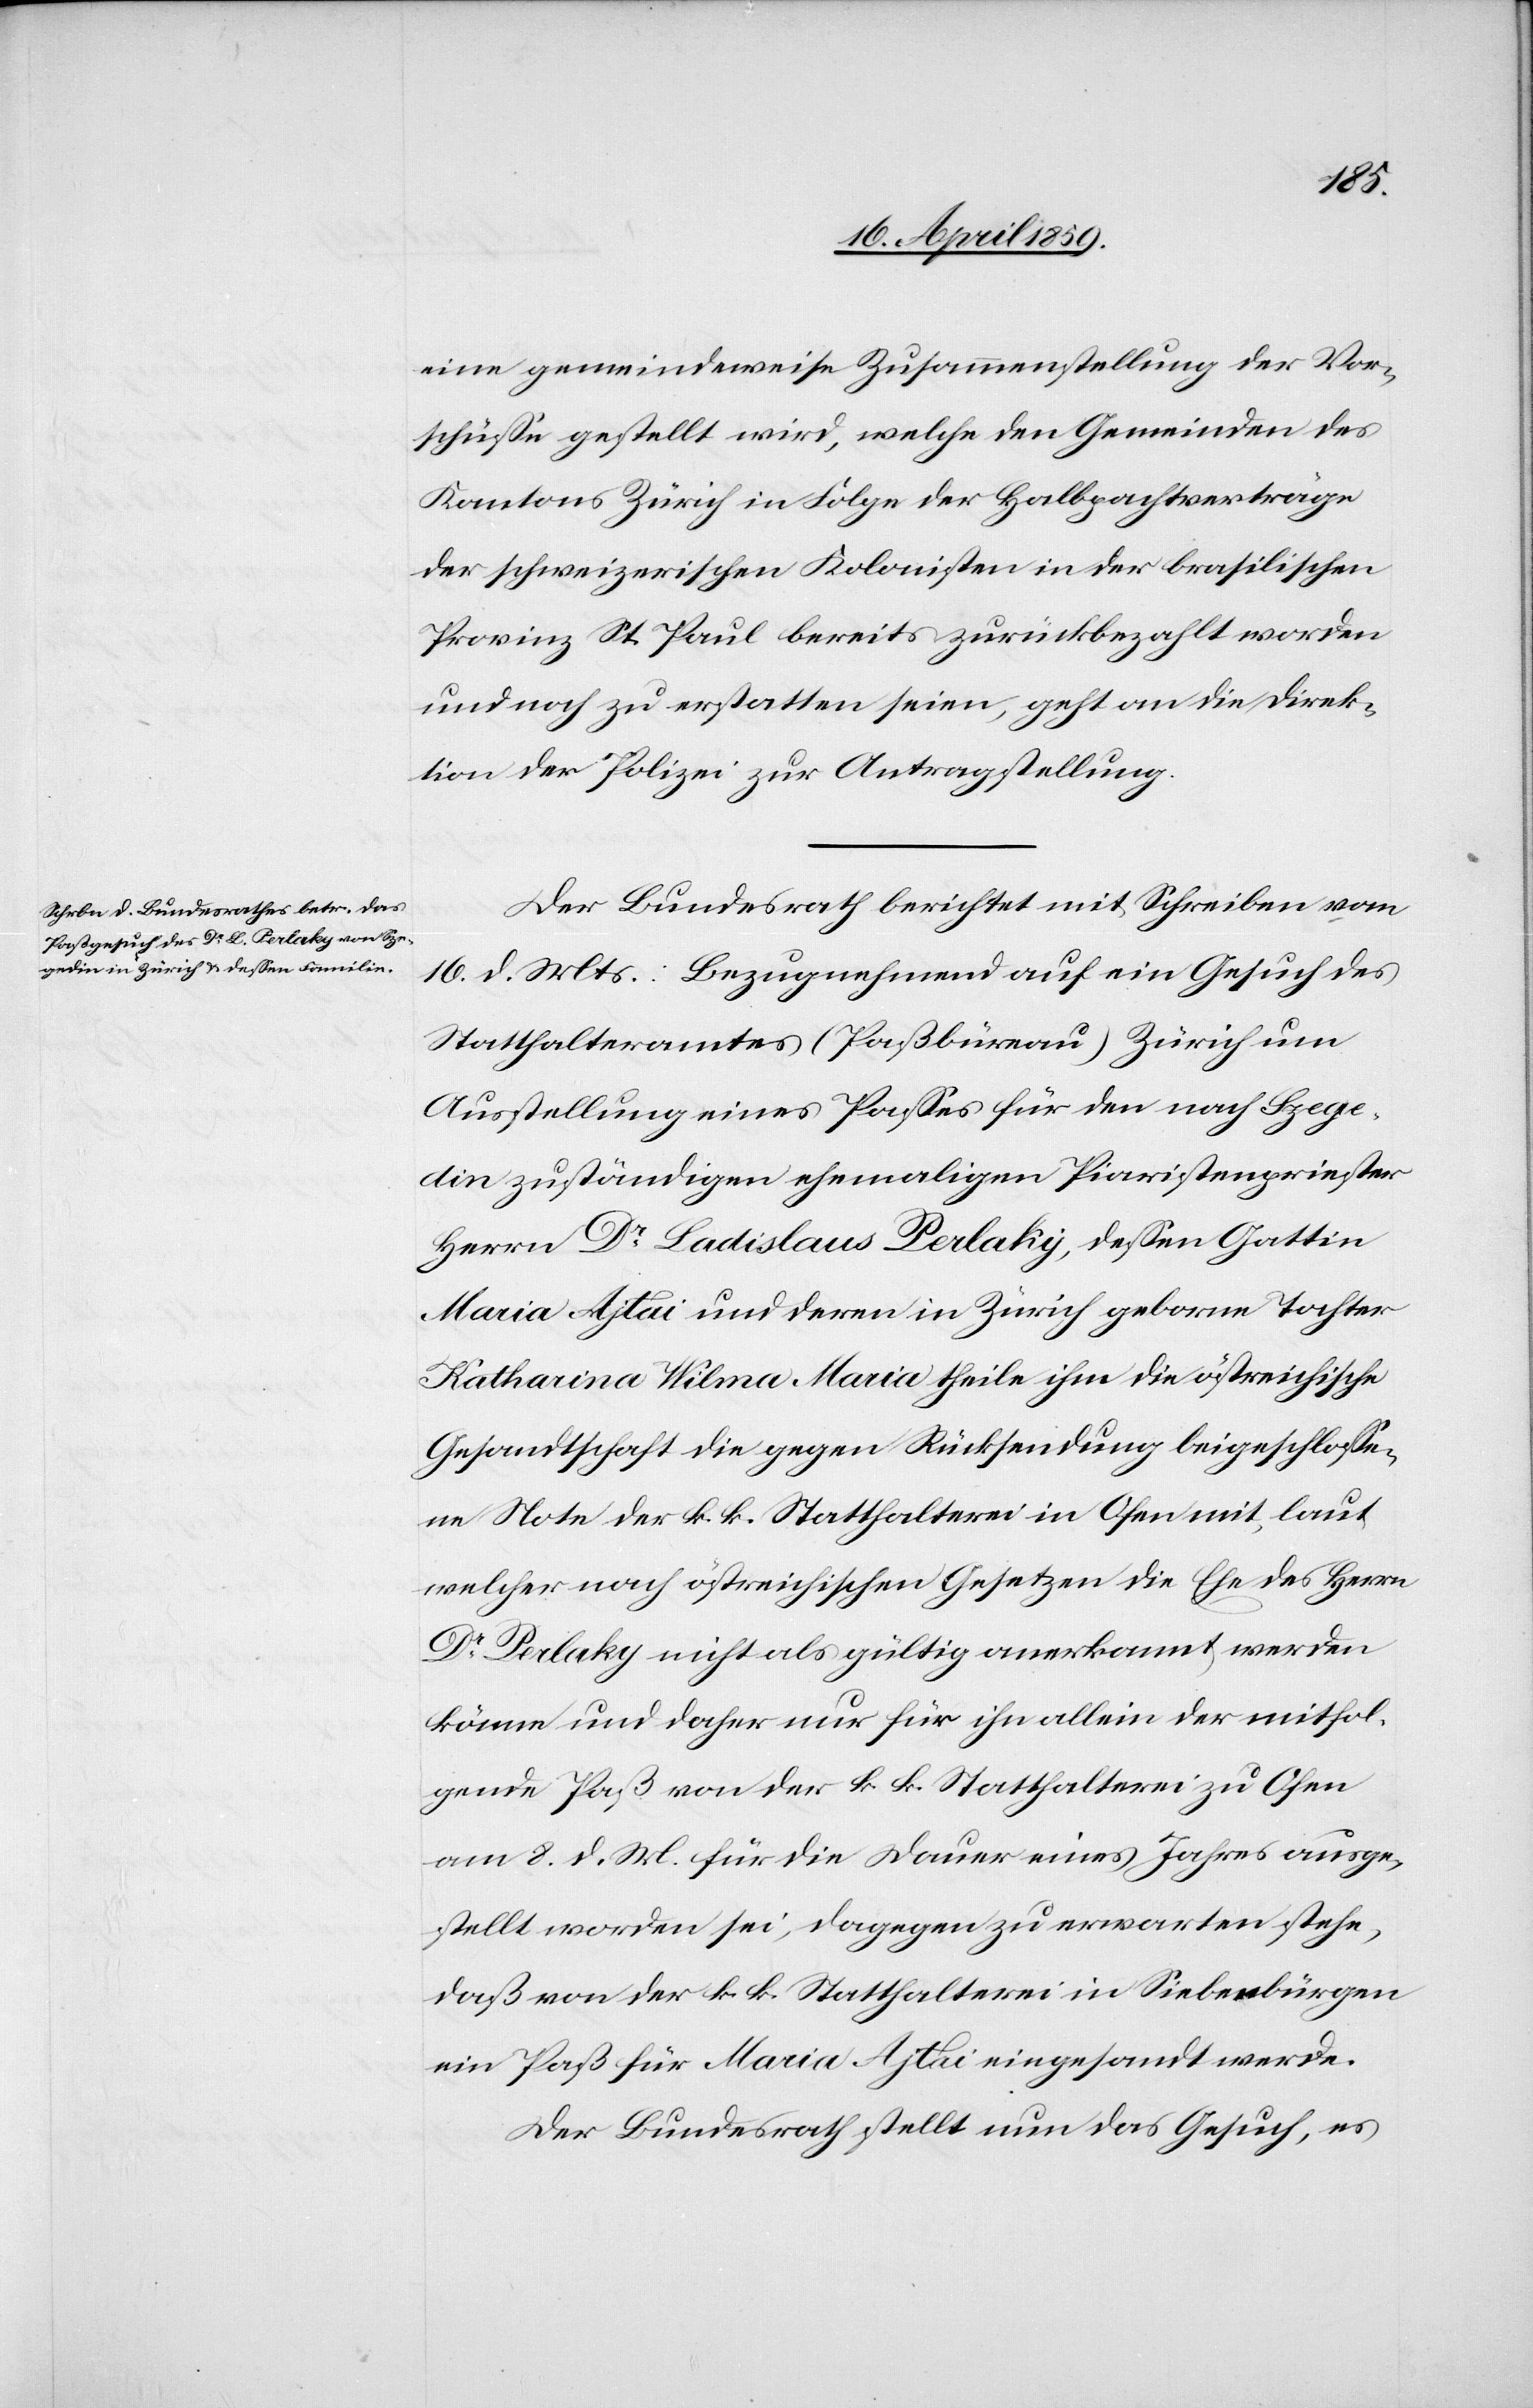
1859.]
19. April
eine gemeindeweise Zusammenstellung der Vor¬
schüße gestellt wird, welche den Gemeinden des
Kantons Zürich in Folge der Halbpachtverträge
der schweizerischen Kolonisten in der brasilischen
Provinz St. Paul bereits zurückbezahlt worden
und noch zu erstatten seien, geht an die Direk¬
tion der Polizei zur Antragstellung.
Der Bundesrath berichtet mit Schreiben vom
16. d. Mts.: Bezugnehmend auf ein Gesuch des
Statthalteramtes (Paßbüreau) Zürich um
Ausstellung eines Paßes für den nach Szege¬
din zuständigen ehemaligen Piaristenpriester
Herrn Dr. Ladislaus Perlaky, deßen Gattin
Maria Ajtai und deren in Zürich geborne Tochter
Katharina Wilma Maria theile ihm die östreichische
Gesandtschaft die gegen Rücksendung beigeschloße¬
ne Note der k. k. Statthalterei in Ofen mit, laut
welcher nach östreichischen Gesetzen die Ehe des Herrn
Dr. Perlaky nicht als gültig anerkannt werden
könne und daher nur für ihn allein der mitfol¬
gende Paß von der k. k. Statthalterei zu Ofen
am 8. d. M für die Dauer eines Jahres ausge¬
stellt worden sei, dagegen zu erwarten stehe,
daß von der k. k. Statthalterei in Siebenbürgen
ein Paß für Maria Ajtai eingesandt werde.
Der Bundesrath stellt nun das Gesuch, es